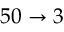
5 0 \rightarrow 3